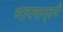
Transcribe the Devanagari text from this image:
नापसन्दगी